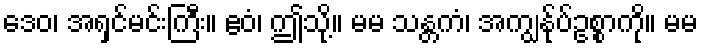
ဒေဝ၊ အရှင်မင်းကြီး။ ဧဝံ၊ ဤသို့။ မမ သန္တကံ၊ အကျွန်ုပ်ဥစ္စာကို။ မမ